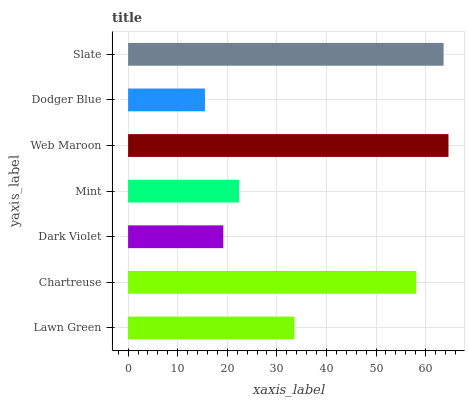
| yaxis_label | bars |
 | --- | --- |
 | Lawn Green | 33.5 |
 | Chartreuse | 58.1 |
 | Dark Violet | 19.2 |
 | Mint | 22.4 |
 | Web Maroon | 64.6 |
 | Dodger Blue | 15.5 |
 | Slate | 63.6 |